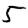
Digit: 5